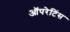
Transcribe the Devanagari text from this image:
ऑपरेटिंस